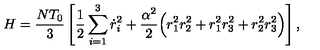
H = \frac { N T _ { 0 } } { 3 } \left[ \frac { 1 } { 2 } \sum _ { i = 1 } ^ { 3 } \dot { r } _ { i } ^ { 2 } + \frac { \alpha ^ { 2 } } { 2 } \Big ( r _ { 1 } ^ { 2 } r _ { 2 } ^ { 2 } + r _ { 1 } ^ { 2 } r _ { 3 } ^ { 2 } + r _ { 2 } ^ { 2 } r _ { 3 } ^ { 2 } \Big ) \right] ,